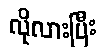
လိုလားပြီး